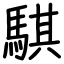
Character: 騏